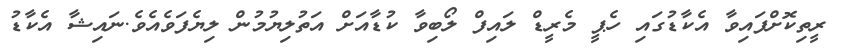
ރީތިކޮށްފައިވާ އެކާޑުގައި ހެޕީ މެރީޑް ލައިފް ލޯބިވާ ކުޑާއަށް އަތުލިޔުމުން ލިޔެފަވެއެވެ.ނައިޝާ އެކާޑު